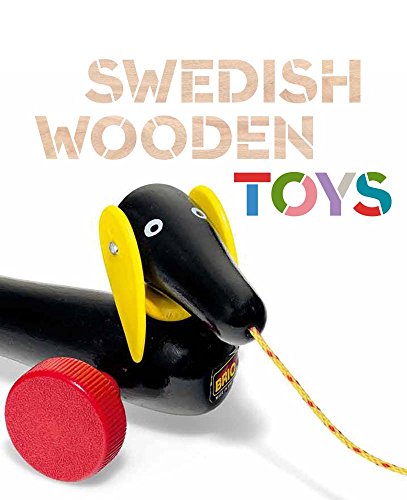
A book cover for Swedish Wooden Toys (Bard Graduate Center for Studies in the Decorative Arts, Des); Crafts, Hobbies & Home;